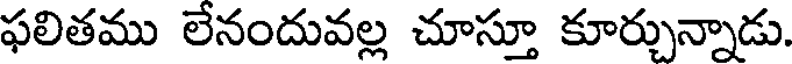
ఫలితము లేనందువల్ల చూస్తూ కూర్చున్నాడు.